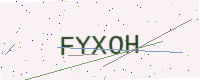
Text: FYXOH